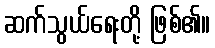
ဆက်သွယ်ရေးတို့ ဖြစ်၏။